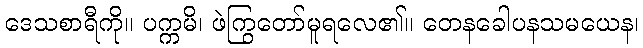
ဒေသစာရီကို။ ပက္ကမိ၊ ဖဲကြွတော်မူရလေ၏။ တေနခေါပနသမယေန၊